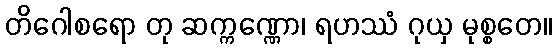
တိဂေါစရော တု ဆက္ကဏ္ဏော၊ ရဟဿံ ဂုယှ မုစ္စတေ။